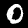
Label: 0